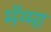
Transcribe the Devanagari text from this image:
मॅग्मा